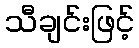
သီချင်းဖြင့်